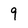
Character: 9